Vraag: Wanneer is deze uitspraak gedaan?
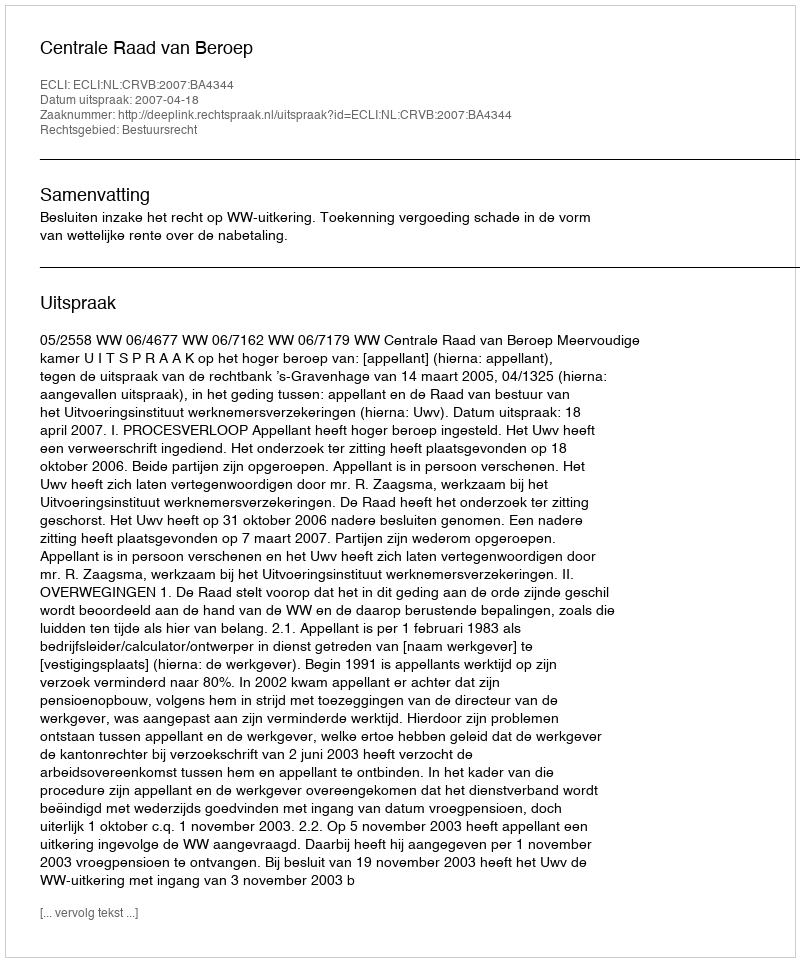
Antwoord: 2007-04-18